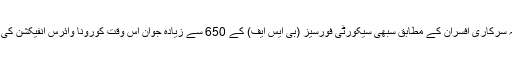
واضح رہے کہ سرکاری افسران کے مطابق سبھی سیکورٹی فورسیز (بی ایس ایف) کے 650 سے زیادہ جوان اس وقت کورونا وائرس انفیکشن کی چپیٹ میں ہیں۔